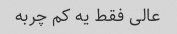
عالی فقط یه کم چربه